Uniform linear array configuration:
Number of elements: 12
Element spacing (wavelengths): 0.25
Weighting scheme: hann
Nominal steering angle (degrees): -60
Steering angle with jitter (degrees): -61.375
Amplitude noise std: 0.05
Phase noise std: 0.05

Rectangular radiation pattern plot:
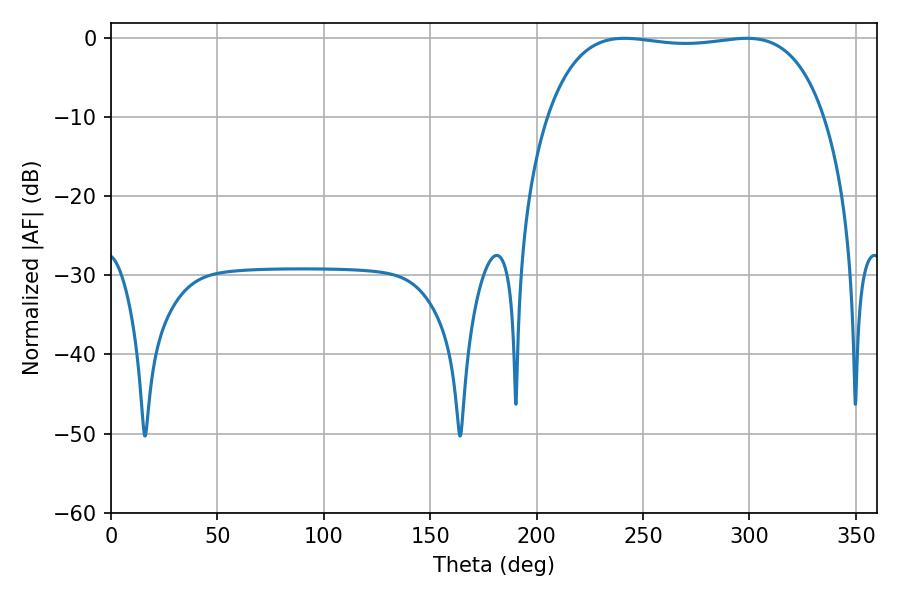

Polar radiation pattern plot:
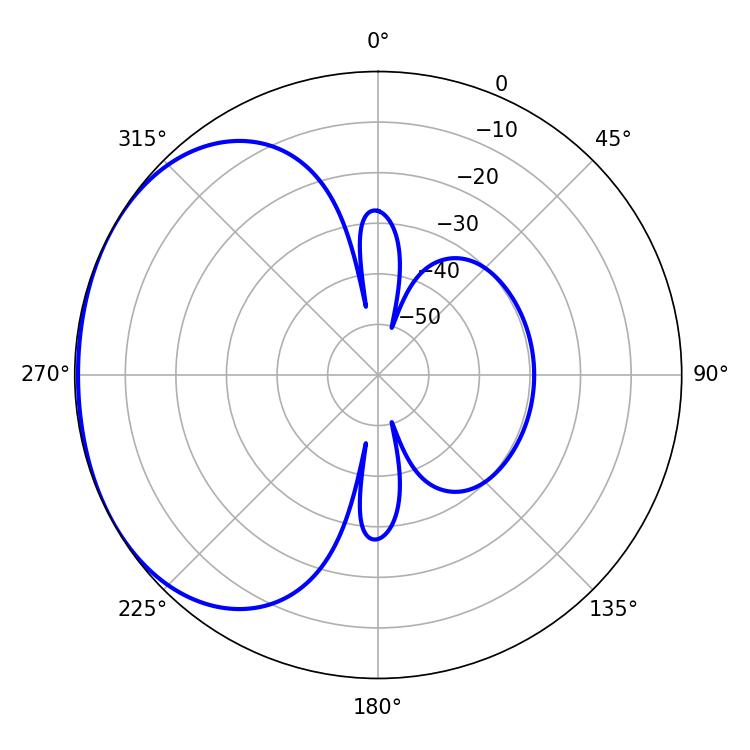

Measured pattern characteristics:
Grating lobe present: FALSE
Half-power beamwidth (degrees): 103.68
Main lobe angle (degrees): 241.2